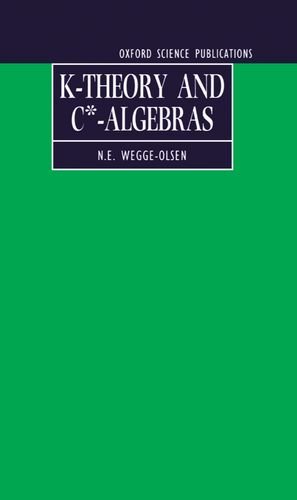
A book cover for K-Theory and C*-Algebras: A Friendly Approach (Oxford Science Publications); N.E. Wegge-Olsen; Science & Math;